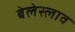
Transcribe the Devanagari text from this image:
बेलेस्लाव